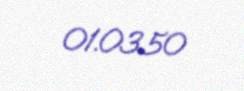
01.03.50